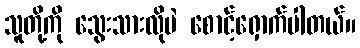
သူတို့ကို သွေးသားလိုပဲ စောင့်ရှောက်ပါတယ်။